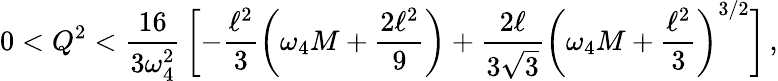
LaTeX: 0<Q^{2}<\frac{16}{3\omega_{4}^{2}}\, \biggl[-\frac{\ell^{2}}{3}\left(\omega_{4}M+\frac{2\ell^{2}}{9}\right)+\frac{2\ell}{3\sqrt{3}}\left(\omega_{4}M+\frac{\ell^{2}}{3}\right)^{3/2}\biggr]\, ,